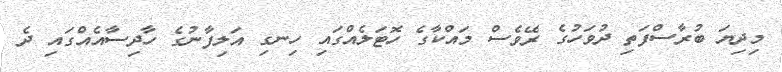
މިދިޔަ ބުރާސްފަތި ދުވަހުގެ ރޭވެސް މައްކާގެ ހޮޓަލެއްގައި ހިނގި އަލިފާނުގެ ހާދިސާއެއްގައި ދެ